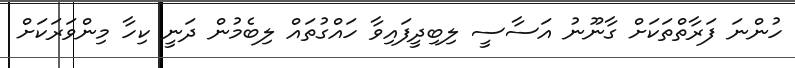
ހުންނަ ފަރާތްތަކަށް ގާނޫނު އަސާސީ ލިބިދީފައިވާ ހައްގުތައް ލިބެމުން ދަނީ ކިހާ މިންވަރަކަށް